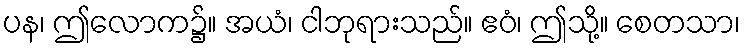
ပန၊ ဤလောက၌။ အယံ၊ ငါဘုရားသည်။ ဧဝံ၊ ဤသို့။ စေတသာ၊